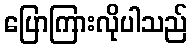
ပြောကြားလိုပါသည်